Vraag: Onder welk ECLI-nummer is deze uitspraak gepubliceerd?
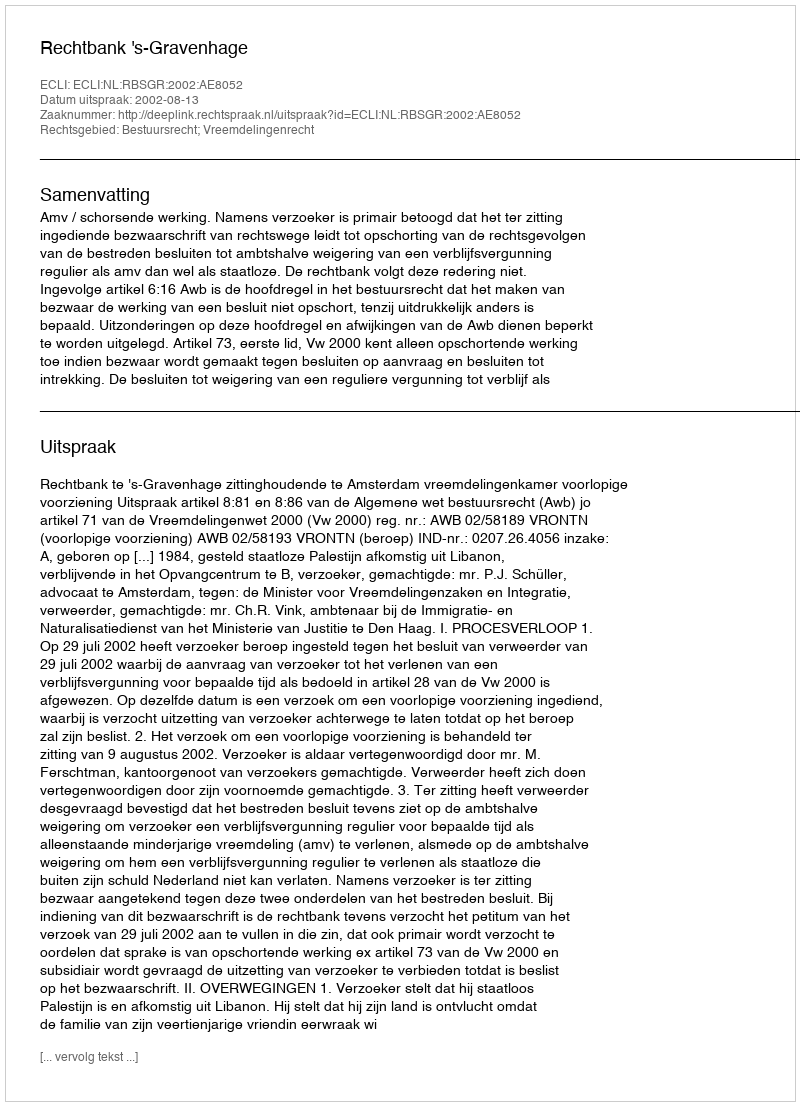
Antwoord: ECLI:NL:RBSGR:2002:AE8052